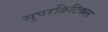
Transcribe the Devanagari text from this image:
सुपरक्रिटिकल